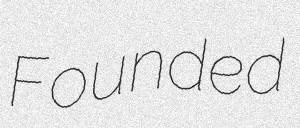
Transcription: Founded